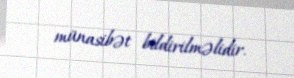
münasibət bildirilməlidir.